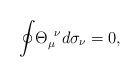
LaTeX: \begin{align*}{\oint }{\Theta}_{{\mu}}^{\;\;{\nu }}d{\sigma }_{\nu }=0, \end{align*}